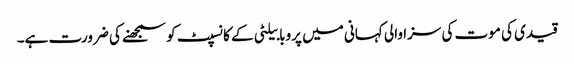
قیدی کی موت کی سزا والی کہانی میں پروبابیلٹی کے کانسپٹ کو سمجھنے کی ضرورت ہے۔